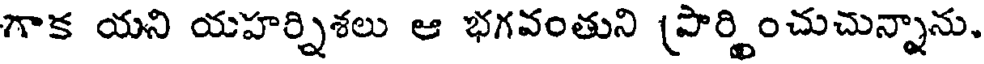
గాక యని యహర్చిశలు ఆ భగవంతుని (పార్శించుచున్నాను,